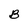
Character: B